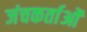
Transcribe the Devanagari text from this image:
जंचकर्ताओं